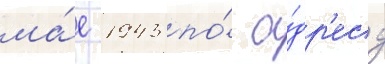
ма́е 1943 по́ а́др'есу